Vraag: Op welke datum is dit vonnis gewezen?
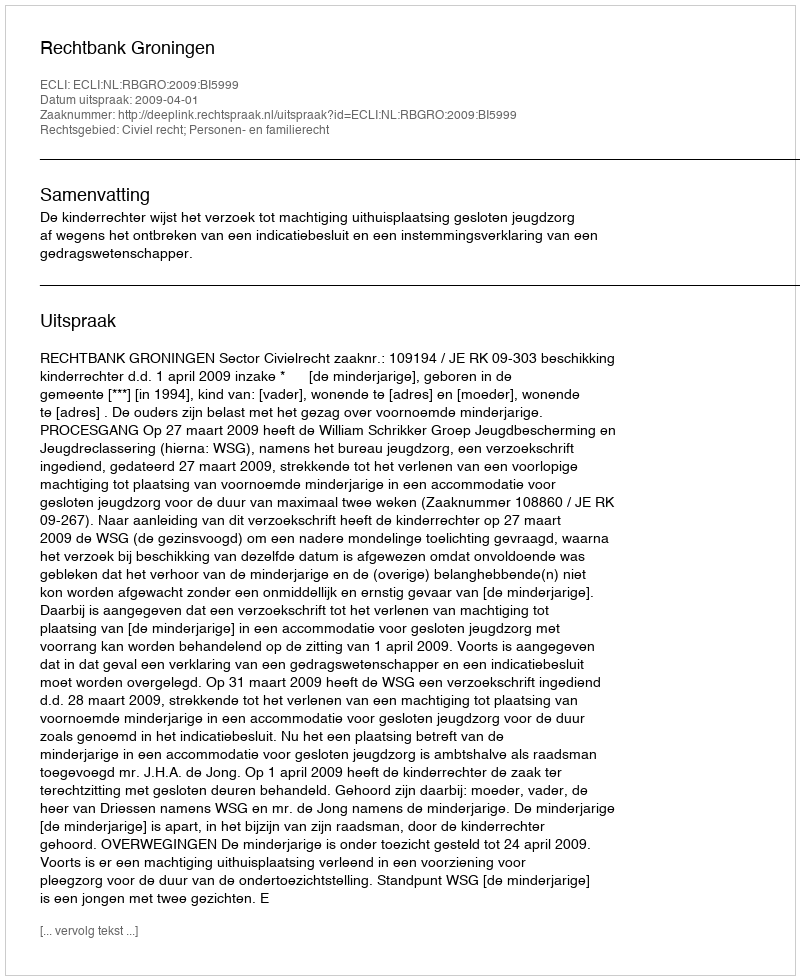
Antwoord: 2009-04-01